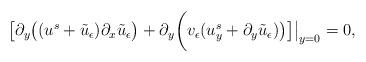
LaTeX: \begin{align*}\big[\partial_y\big((u^s + \tilde{u}_\epsilon) \partial_x\tilde{u}_\epsilon\big) +\partial_y\bigg({v}_\epsilon (u^s_y + \partial_y \tilde{u}_\epsilon)\big)\big]\big|_{y=0}=0,\end{align*}